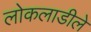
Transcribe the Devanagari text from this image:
लोकलाडीले